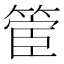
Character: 𮅬